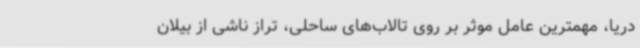
دریا، مهمترین عامل موثر بر روی تالاب‌های ساحلی، تراز ناشی از بیلان